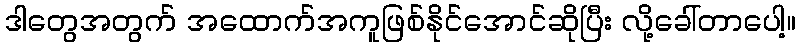
ဒါတွေအတွက် အထောက်အကူဖြစ်နိုင်အောင်ဆိုပြီး လို့ခေါ်တာပေါ့။